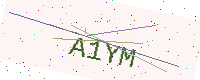
Text: A1YM